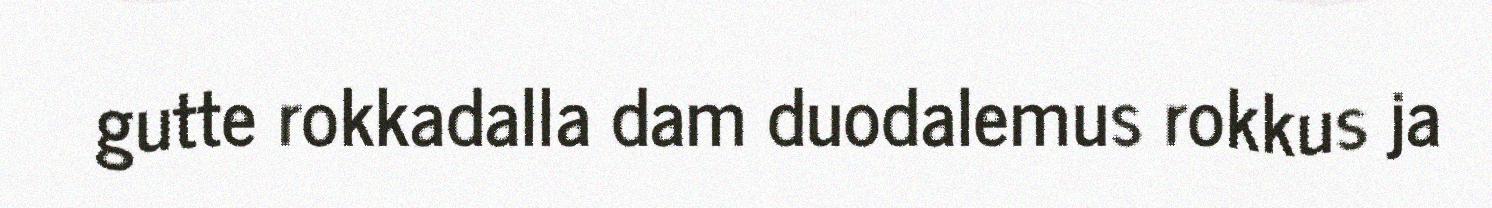
gutte rokkadalla dam duodalemus rokkus ja